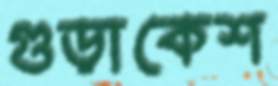
গুড়াকেশ